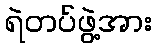
ရဲတပ်ဖွဲ့အား